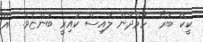
ކީކޭ ބުރޯ  ހަމްދާން ލާއިސް ކައިރީ ބުންޏެވެ.  އޭ